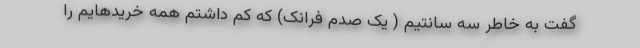
گفت به خاطر سه سانتیم ( یک صدم فرانک) که کم داشتم همه خریدهایم را